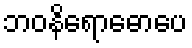
ဘဝနိရောဓောပေ